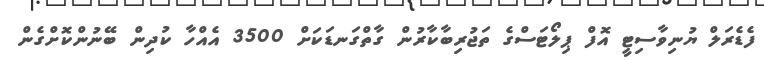
ފެޑެރަލް ޔުނިވާސިޓީ އޮފް ޕިލޯޓަސްގެ ތަޖުރިބާކާރުން ގާތްގަނޑަކަށް 3500 އެއްހާ ކުދިން ބޭނުންކޮށްގެން